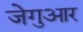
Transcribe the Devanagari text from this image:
जेगुआर